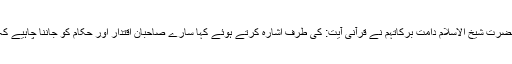
اپنے بیان کے ایک حصے میں حضرت شیخ الاسلام دامت برکاتہم نے قرآنی آیت: کی طرف اشارہ کرتے ہوئے کہا سارے صاحبان اقتدار اور حکام کو جاننا چاہیے کہ ہر چیز اللہ کے قبضے میں ہے۔